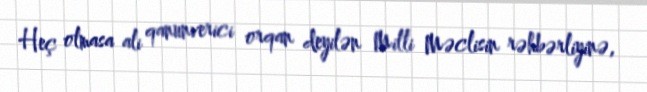
Heç olmasa ali qanunverici orqan deyilən Milli Məclisin rəhbərliyinə,